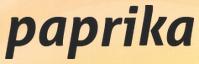
paprika